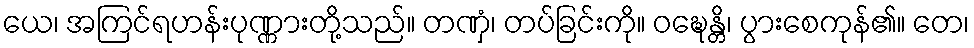
ယေ၊ အကြင်ရဟန်းပုဏ္ဏားတို့သည်။ တဏှံ၊ တပ်ခြင်းကို။ ဝဍ္ဎေန္တိ၊ ပွားစေကုန်၏။ တေ၊